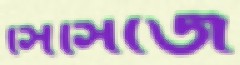
সিসিজে